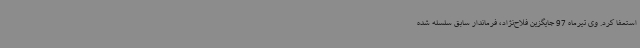
استعفا کرد. وی تیرماه 97 جایگزین فلاح‌نژاد، فرماندار سابق سلسله شده